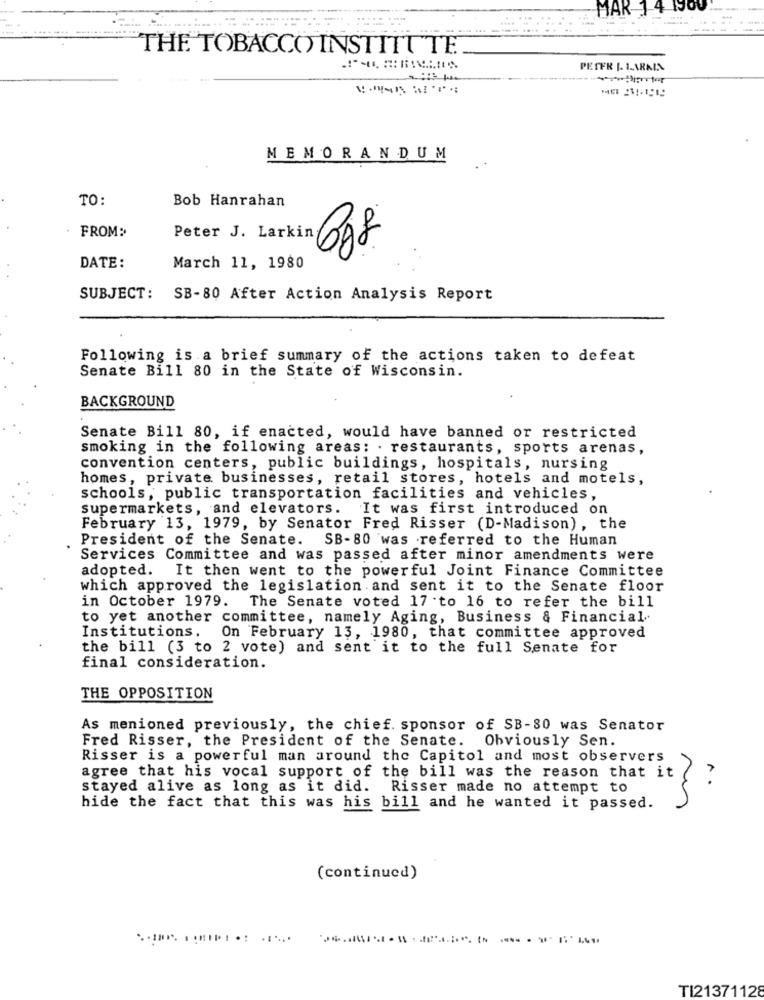
MAR 1-4 1900
THE TOBACCO INSTITUTE.
PESFR |. LARAIN
MEMORANDUM
TO:
Bob Hanrahan
FROM:
DATE:
March 11, 1980
SUBJECT: SB-80 After Action Analysis Report
Following is a brief summary of the actions taken to defeat
Senate Bill 80 in the State of Wisconsin.
BACKGROUND
Senate Bill 80, if enacted, would have banned or restricted
smoking in the following areas: . restaurants, sports arenas,
convention centers, public buildings, hospitals, nursing
homes, private businesses, retail stores, hotels and motels,
schools, public transportation facilities and vehicles,
supermarkets, and elevators. It was first introduced on
February 13, 1979, by Senator Fred Risser (D-Madison) , the
President of the Senate. SB-80 was referred to the Human
Services Committee and was passed after minor amendments were
adopted. It then went to the powerful Joint Finance Committee
which approved the legislation and sent it to the Senate floor
in October 1979. The Senate voted 17.to 16 to refer the bill
to yet another committee, namely Aging, Business & Financial
Institutions.
On February 13, 1980, that committee approved
the bill (3 to 2 vote) and sent it to the full Senate for
final consideration.
THE OPPOSITION
As menioned previously, the chief. sponsor of SB-80 was Senator
Fred Risser, the President of the Senate. Obviously Sen.
Risser is a powerful man around the Capitol and most observers
agree that his vocal support of the bill was the reason that it
stayed alive as long as it did. Risser made no attempt to
it } :
hide the fact that this was his bill and he wanted it passed.
(continued)
TI21371128